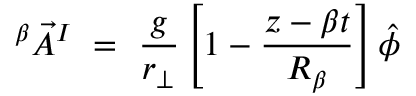
^ { \beta } { \vec { A } } ^ { I } ~ = ~ { \frac { g } { r _ { \bot } } } \left[ 1 - { \frac { z - \beta t } { R _ { \beta } } } \right] \hat { \phi }